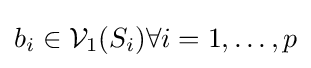
b_{i}\in {\mathcal {V}}_{1}(S_{i})\forall i=1,\dots ,p